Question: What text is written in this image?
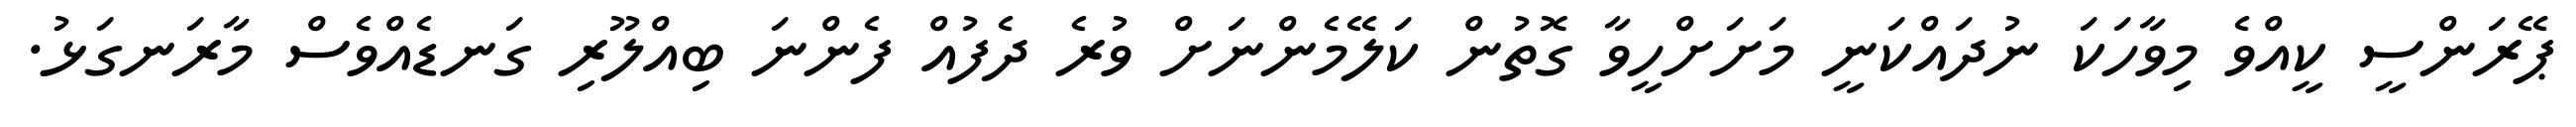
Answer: ޕޭރަންސީ ކީއްވެ މިވާހަކަ ނުދައްކަނީ މަށަށްހީވާ ގޮތުން ކަލޭމެންނަށް ވުރެ ދެފުއް ފެންނަ ބިއްލޫރި ގަނޑެއްވެސް މާރަނގަޅު.